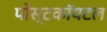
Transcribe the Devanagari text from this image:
पोस्टकॉयटल